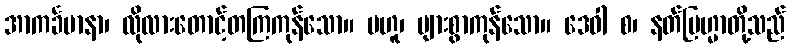
အာကင်္ခမာနာ၊ လိုလားတောင့်တကြကုန်သော။ ဗဟူ၊ များစွာကုန်သော။ ဒေဝါ စ၊ နတ်ဗြဟ္မာတို့သည်